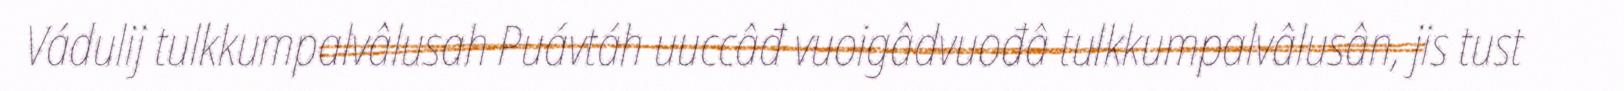
Vádulij tulkkumpalvâlusah Puávtáh uuccâđ vuoigâdvuođâ tulkkumpalvâlusân, jis tust